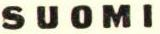
SUOMI